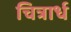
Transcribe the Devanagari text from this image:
चित्रार्ध